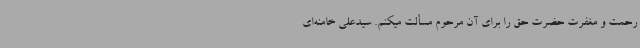
رحمت و مغفرت حضرت حق را برای آن مرحوم مسألت میکنم. سیدعلی خامنه‌ای